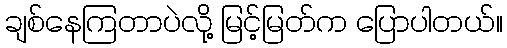
ချစ်နေကြတာပဲလို့ မြင့်မြတ်က ပြောပါတယ်။